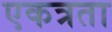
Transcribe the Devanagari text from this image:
एकत्रता